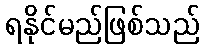
ရနိုင်မည်ဖြစ်သည်